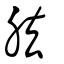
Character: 𦚁